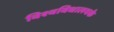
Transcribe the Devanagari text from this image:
विश्वविधालयके